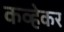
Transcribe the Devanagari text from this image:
कव्हेकर